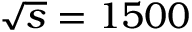
\sqrt { s } = 1 5 0 0